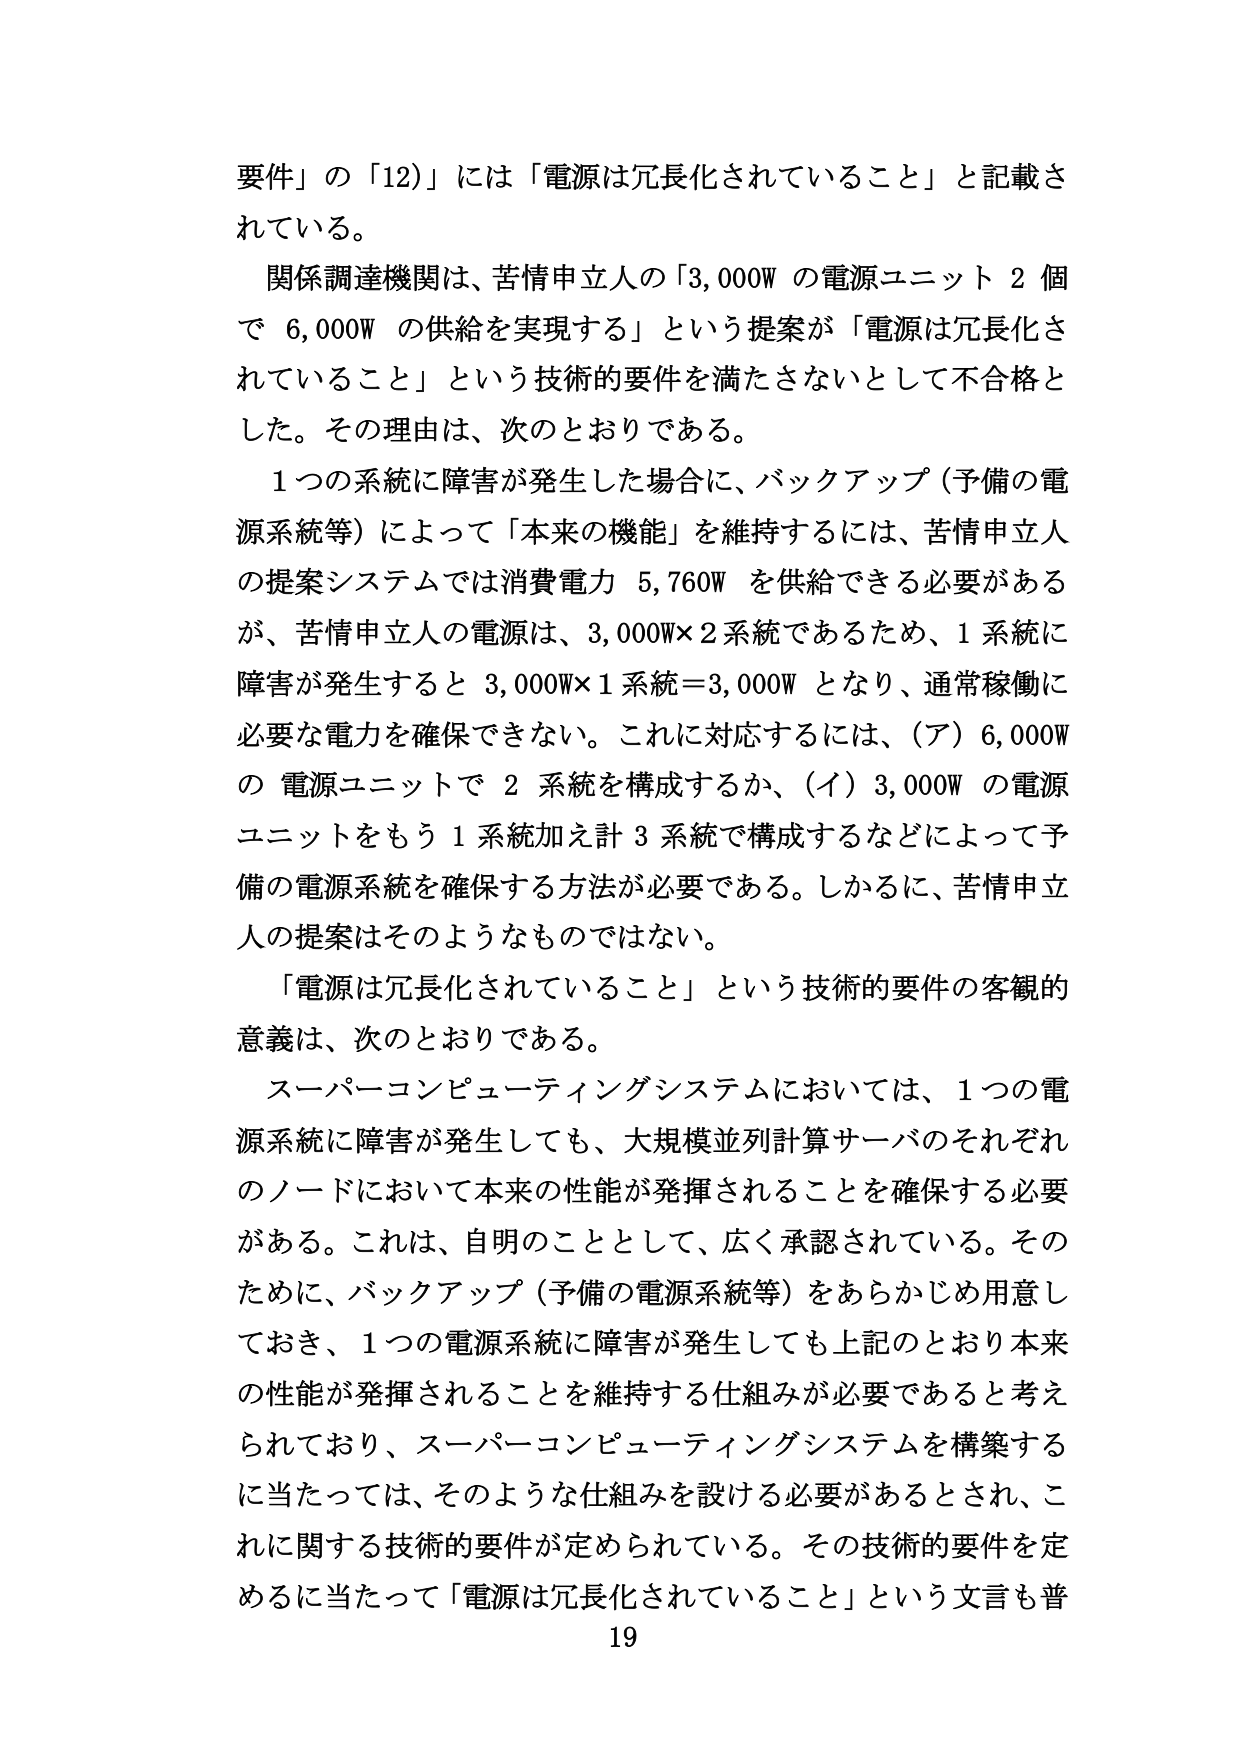
要件」の「12）」には「電源は冗長化されていること」と記載されている。

関係調達機関は、苦情申立人の「3,000W の電源ユニット 2 個で 6,000W の供給を実現する」という提案が「電源は冗長化されていること」という技術的要件を満たさないとして不合格とした。その理由は、次のとおりである。

1つの系統に障害が発生した場合に、バックアップ（予備の電源系統等）によって「本来の機能」を維持するには、苦情申立人の提案システムでは消費電力 5,760W を供給できる必要があるが、苦情申立人の電源は、3,000W×2系統であるため、1系統に障害が発生すると 3,000W×1系統＝3,000W となり、通常稼働に必要な電力を確保できない。これに対応するには、（ア）6,000W の電源ユニットで 2 系統を構成するか、（イ）3,000W の電源ユニットをもう 1 系統加え計 3 系統で構成するなどによって予備の電源系統を確保する方法が必要である。しかるに、苦情申立人の提案はそのようなものではない。

「電源は冗長化されていること」という技術的要件の客観的意義は、次のとおりである。

スーパーコンピューティングシステムにおいては、1つの電源系統に障害が発生しても、大規模並列計算サーバのそれぞれのノードにおいて本来の性能が発揮されることを確保する必要がある。これは、自明のこととして、広く承認されている。そのため、バックアップ（予備の電源系統等）をあらかじめ用意しておき、1つの電源系統に障害が発生しても上記のとおり本来の性能が発揮されることを維持する仕組みが必要であると考えられており、スーパーコンピューティングシステムを構築するに当たっては、そのような仕組みを設ける必要があるとされ、これに関する技術的要件が定められている。その技術的要件を定めるに当たって「電源は冗長化されていること」という文言も普

19